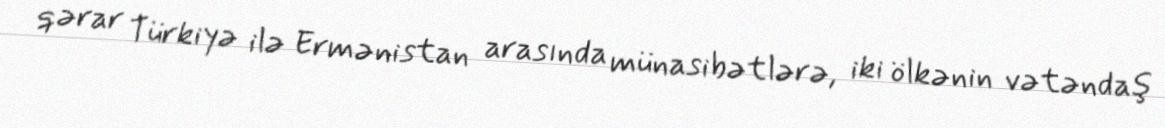
qərar Türkiyə ilə Ermənistan arasında münasibətlərə, iki ölkənin vətəndaş